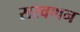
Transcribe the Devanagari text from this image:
सरवणन